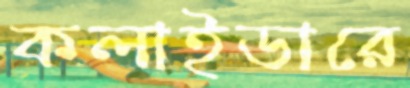
কলাইডারে